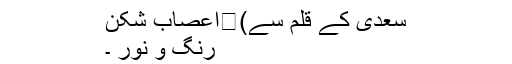
سعدی کے قلم سے)	اعصاب شکن
رنگ و نور ۔